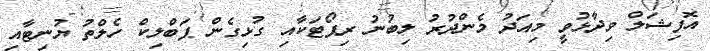
އޮފިޝަލް ވިދާޅުވީ މިއަދު މެންދުރު ލިބުނު ރިޕޯޓަކާއި ގުޅިގެން ޕަބްލިކް ހެލްތު ޔުނިޓާއި